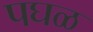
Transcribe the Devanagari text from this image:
पघळ